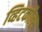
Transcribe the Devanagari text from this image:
व्हिटकौल्स